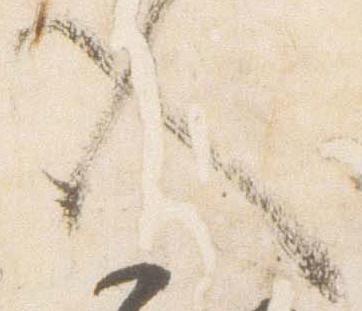
入